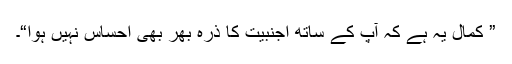
” کمال یہ ہے کہ آپ کے ساتھ اجنبیت کا ذرہ بھر بھی احساس نہیں ہوا“۔